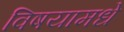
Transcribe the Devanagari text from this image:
विषयामधे